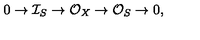
0 \to \mathcal { I } _ { S } \to \mathcal { O } _ { X } \to \mathcal { O } _ { S } \to 0 ,